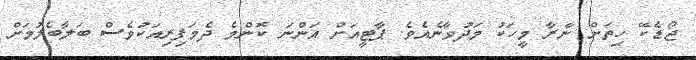
ޖޯޑެކޭ ހިތަށް ނާރާ މީހަކު މަދުވާނެއެވެ. ޕާޓީއަށް އަންނަ ކޮންމެ ދެމަފިރިއަކުވެސް ބަލާބެލުމަށް